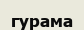
гурама